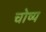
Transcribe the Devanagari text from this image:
चोष्य